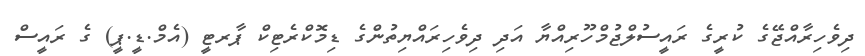
ދިވެހިރާއްޖޭގެ ކުރީގެ ރައީސުލްޖުމްހޫރިއްޔާ އަދި ދިވެހިރައްޔިތުންގެ ޑިމޮކްރެޓިކް ޕާރޓީ (އެމް.ޑީ.ޕީ) ގެ ރައީސް